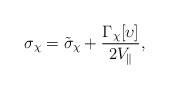
\begin{align*}\sigma_{\chi}=\tilde{\sigma}_{\chi}+\frac{ \Gamma_{\chi}[\upsilon]}{2 V_{\|}},\end{align*}